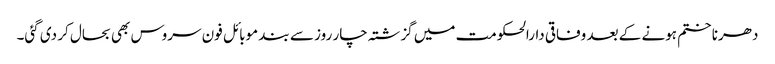
دھرنا ختم ہونے کے بعد وفاقی دارالحکومت میں گزشتہ چار روز سے بند موبائل فون سروس بھی بحال کر دی گئی۔